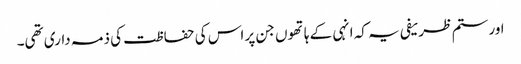
اور ستم ظریفی یہ کہ انہی کے ہاتھوں جن پر اس کی حفاظت کی ذمہ داری تھی۔